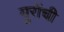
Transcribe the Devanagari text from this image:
युरोंची